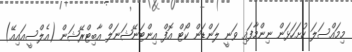
މިމައްސަލަ ހުށަހަޅަން ނިންމާފައި ވަނީ ލަންޑަން ކޯޓް އޮފް އިންޓަނޭޝަނަލް އާބިޓްރޭޝަން (އެލްސީއައިއޭ)